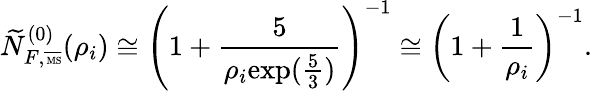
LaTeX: \widetilde{N}_{F,\overline{{{\mathrm{\tiny~MS}}}}}^{(0)}(\rho_{i})\cong\left(1+{\frac{5}{\rho_{i}{\exp({\frac{5}{3}})}}}\right)^{-1}\cong\left(1+{\frac{1}{\rho_{i}}}\right)^{-1}.